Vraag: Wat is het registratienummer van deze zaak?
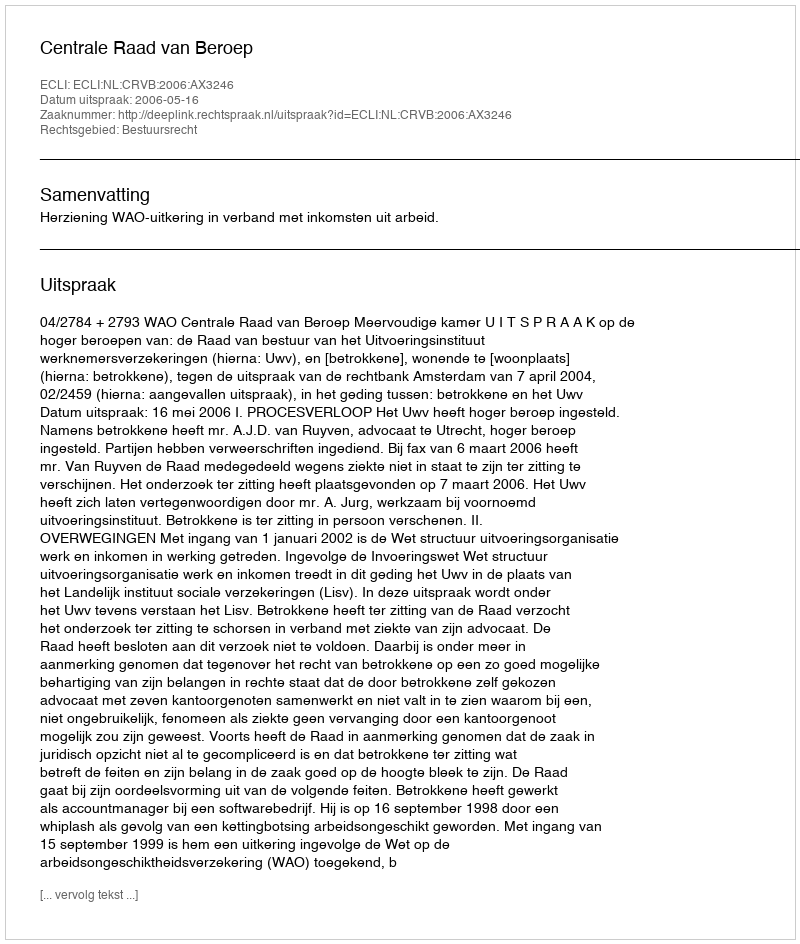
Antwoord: http://deeplink.rechtspraak.nl/uitspraak?id=ECLI:NL:CRVB:2006:AX3246